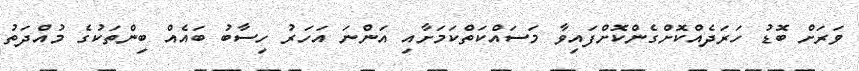
ވަރަށް ބޮޑު ހަރަދެއްކޮށްގެންކޮށްފައިވާ މަސައްކަތްކަމަށާއި އަންނަ އަހަރު ހިސާބު ބައެއް ބިންތަކުގެ މުއްދަތު